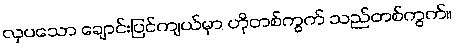
လှပသော ချောင်းပြင်ကျယ်မှာ ဟိုတစ်ကွက် သည်တစ်ကွက်။